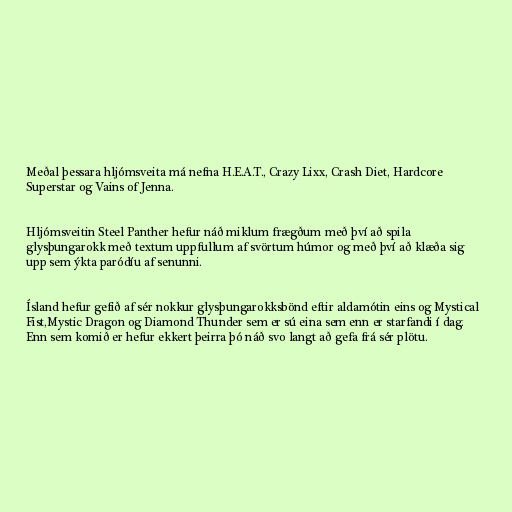
Meðal þessara hljómsveita má nefna H.E.A.T., Crazy Lixx, Crash Diet, Hardcore
Superstar og Vains of Jenna.

Hljómsveitin Steel Panther hefur náð miklum frægðum með því að spila
glysþungarokk með textum uppfullum af svörtum húmor og með því að klæða sig
upp sem ýkta paródíu af senunni.

Ísland hefur gefið af sér nokkur glysþungarokksbönd eftir aldamótin eins og Mystical
Fist,Mystic Dragon og Diamond Thunder sem er sú eina sem enn er starfandi í dag.
Enn sem komið er hefur ekkert þeirra þó náð svo langt að gefa frá sér plötu.